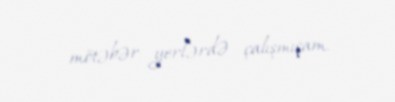
mötəbər yerlərdə çalışmışam.